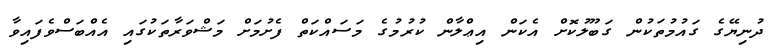
ދުނިޔޭގެ ގައުމުތަކުން ގަބޫލުކޮށް އެކަން އިޢްލާން ކުރުމުގެ މަސައްކަތް ފެށުމަށް މަޝްވަރާތަކުގައި އެއްބަސްވެފައިވާ